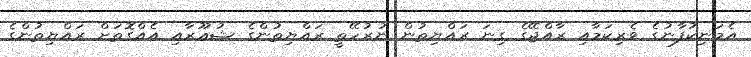
އެމަނިކުފާނުގެ ވެރިކަމާއި ރާއްޖޭގެ ގިނަ ރައްޔިތުން ނުރުހޭތީ ރައްޔިތުންގެ ޝުޢޫރާއި އެއްގޮތަށް ރައްޔިތުންގެ